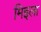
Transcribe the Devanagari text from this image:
मिइला